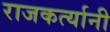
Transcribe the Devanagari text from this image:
राजकर्त्यानी